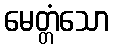
မေတ္တံသော